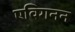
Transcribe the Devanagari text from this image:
एविगनन